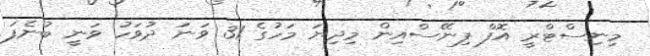
މިނިސްޓްރީ އޮފް ފިނޭސްއިން މިދިޔަ މަހުގެ 31 ވަނަ ދުވަހު ވަނީ ބުނެފަ